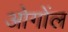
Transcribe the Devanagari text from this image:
ओगोंल